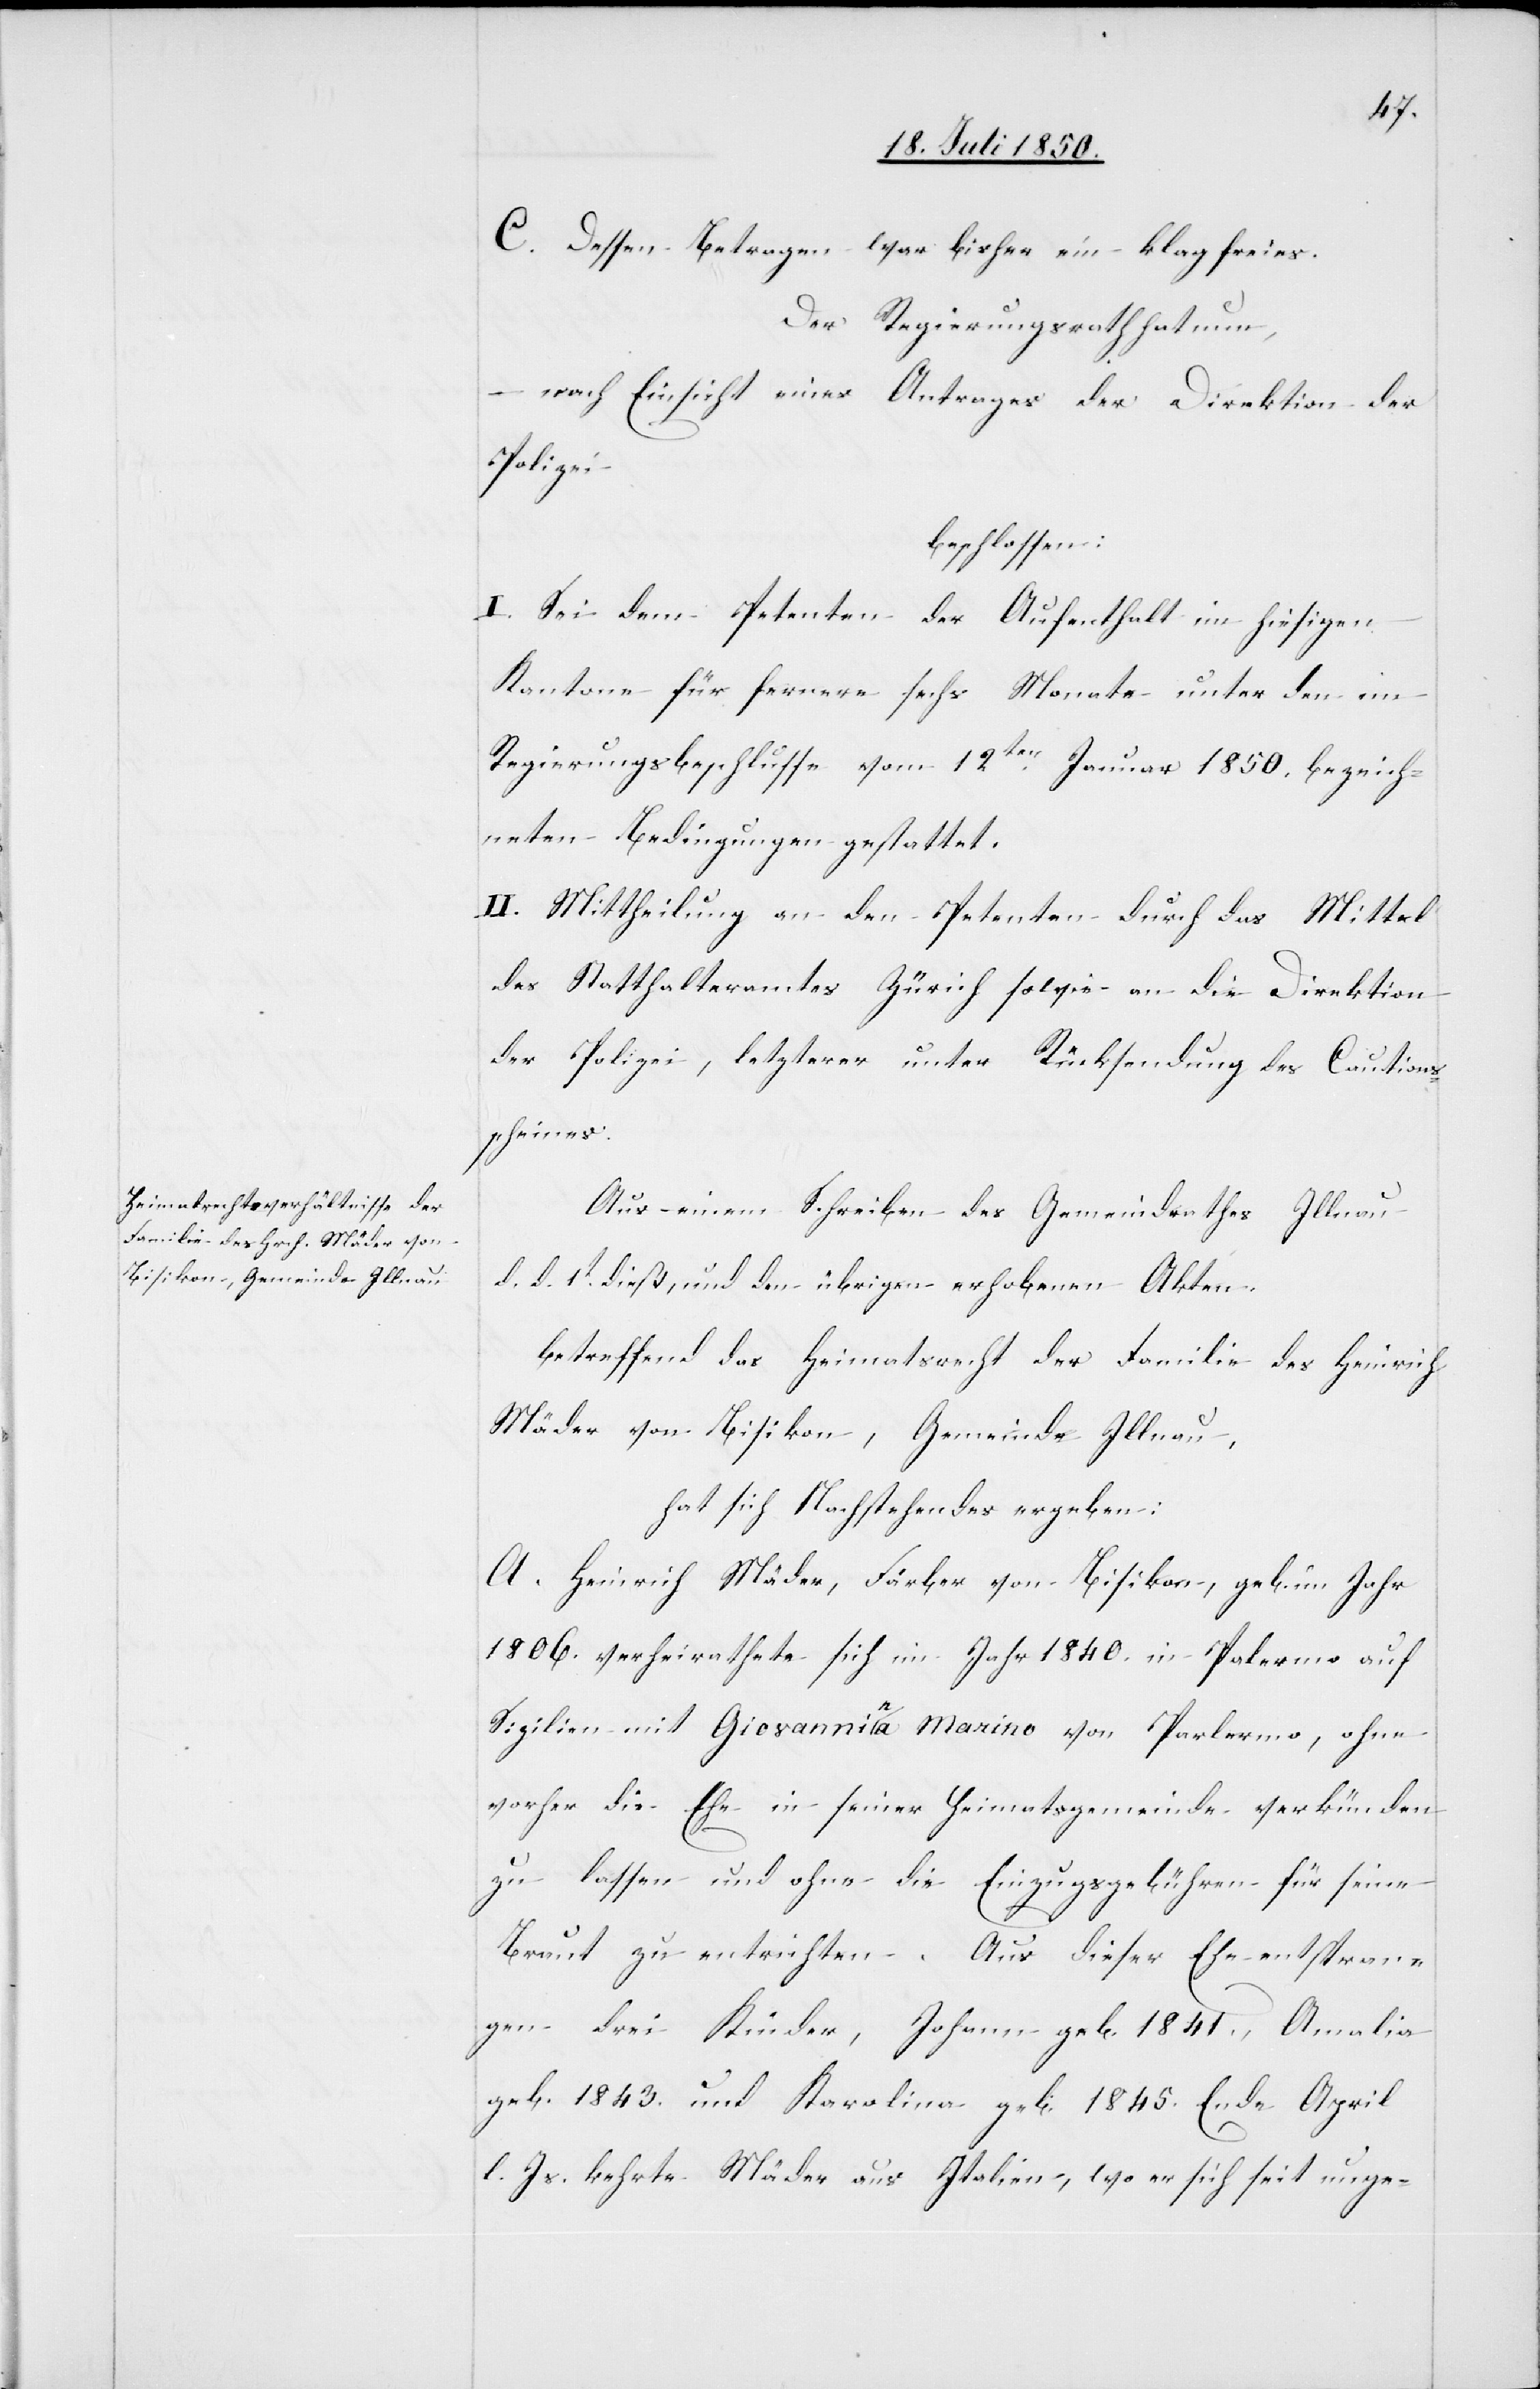
C. Dessen Betragen war bisher ein klagfreies.
Der Regierungsrath hat nun,
– nach Einsicht eines Antrages der Direktion der
Polizei
beschlossen:
I. Sei dem Petenten der Aufenthalt im hiesigen
Kantone für fernere sechs Monate unter den im
Regierungsbeschlusse vom 12ten Januar 1850. bezeich¬
neten Bedingungen gestattet.
II. Mittheilung an den Petenten durch das Mittel
des Statthalteramtes Zürich sowie an die Direktion
der Polizei, letzterer unter Rücksendung des Cautions¬
scheines.
Aus einem Schreiben des Gemeindrathes Illnau
d. d. 1t dieß, und den übrigen erhobenen Akten,
betreffend das Heimatsrecht der Familie des Heinrich
Mäder von Bisikon, Gemeinde Illnau,
hat sich Nachstehendes ergeben:
A. Heinrich Mäder, Färber von Bisikon, geb. im Jahr
1806. verheirathete sich im Jahr 1840. in Palermo auf
Sizilien mit Giovannina Marino von Parlermo [sic!], ohne
vorher die Ehe in seiner Heimatsgemeinde verkünden
zu lassen und ohne die Einzugsgebühren für seine
Braut zu entrichten. Aus dieser Ehe entspran¬
gen drei Kinder, Johann geb. 1841., Amalia
geb. 1843. und Karolina geb. 1845. Ende April
l. Js. kehrte Mäder aus Italien, wo er sich seit unge-